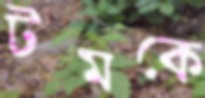
টমকে